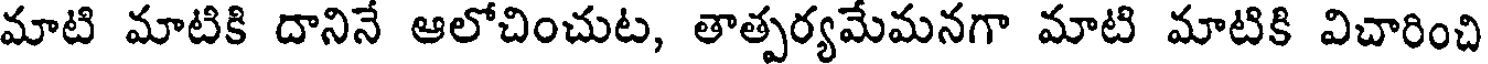
మాటి మాటికి దానినే ఆలోచించుట, తాత్పర్యమేమనగా మాటి మాటికి విచారించి